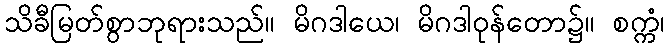
သိခီမြတ်စွာဘုရားသည်။ မိဂဒါယေ၊ မိဂဒါဝုန်တော၌။ စက္ကံ၊